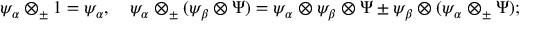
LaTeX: \psi _ { \alpha } \otimes _ { \pm } 1 = \psi _ { \alpha } , \quad \psi _ { \alpha } \otimes _ { \pm } ( \psi _ { \beta } \otimes \Psi ) = \psi _ { \alpha } \otimes \psi _ { \beta } \otimes \Psi \pm \psi _ { \beta } \otimes ( \psi _ { \alpha } \otimes _ { \pm } \Psi ) ;